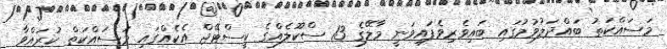
މަސައްކަތު ބައްދަލުވުމުގައި ބައިވެރިވެފައިވަނީ މާލޭގެ 13 ސްކޫލެއްގެ ކީސްޓޭޖް އެކެއްގައި މަސައްކަތް ކުރައްވާ